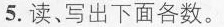
5.读、写出下面各数。